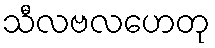
သီလဗလဟေတု